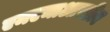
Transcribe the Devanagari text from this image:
एमएमाआरडीए